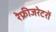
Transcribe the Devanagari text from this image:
रेफ्रीजरेटरों